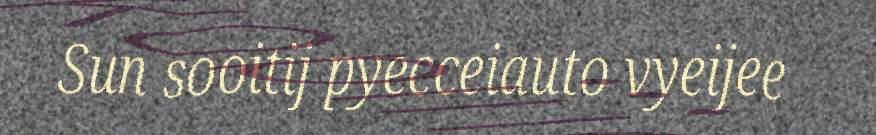
Sun sooitij pyecceiauto vyeijee